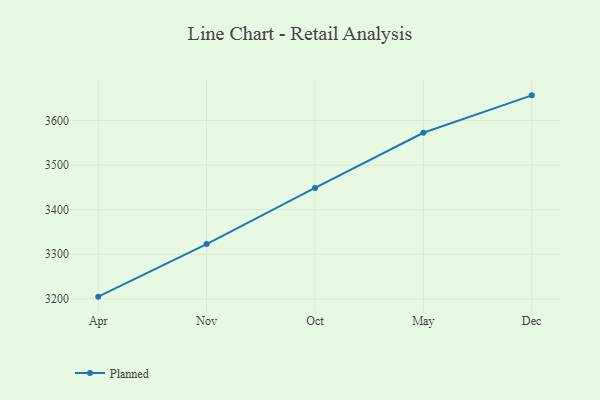
{"axis": {"x": "Month", "y": "Satisfaction Score"}, "legend": ["Planned"], "data": [{"x": "Apr", "y": 3204.9, "type": "Planned"}, {"x": "Nov", "y": 3322.8, "type": "Planned"}, {"x": "Oct", "y": 3449.0, "type": "Planned"}, {"x": "May", "y": 3572.7, "type": "Planned"}, {"x": "Dec", "y": 3656.7, "type": "Planned"}]}